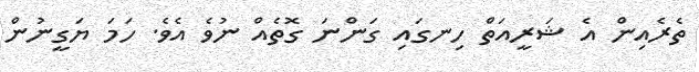
ތެރެއިން އެ ޝަރީއަތް ހިނގައި ގަންނަ ގޮތެއް ނުވެ އެވެ. ހަމަ ޔަގީނުން